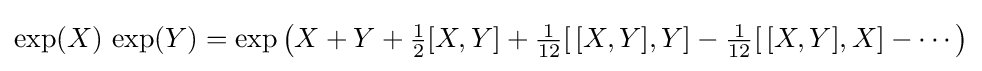
\exp(X)\,\exp(Y)=\exp \left(X+Y+{\tfrac {1}{2}}[X,Y]+{\tfrac {1}{12}}[\,[X,Y],Y]-{\tfrac {1}{12}}[\,[X,Y],X]-\cdots \right)